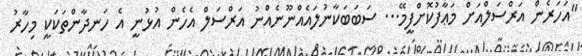
"އަހަރެން އަރްސަލްއަށް މަޢާފުކޮށްފީމޭ... ސަބަބަކާނުލައެއްނޫނެއްނު އަރްސަލް އެހެން އުޅުނީ އެ ހަނދާންތަކަކީ މިހާރު